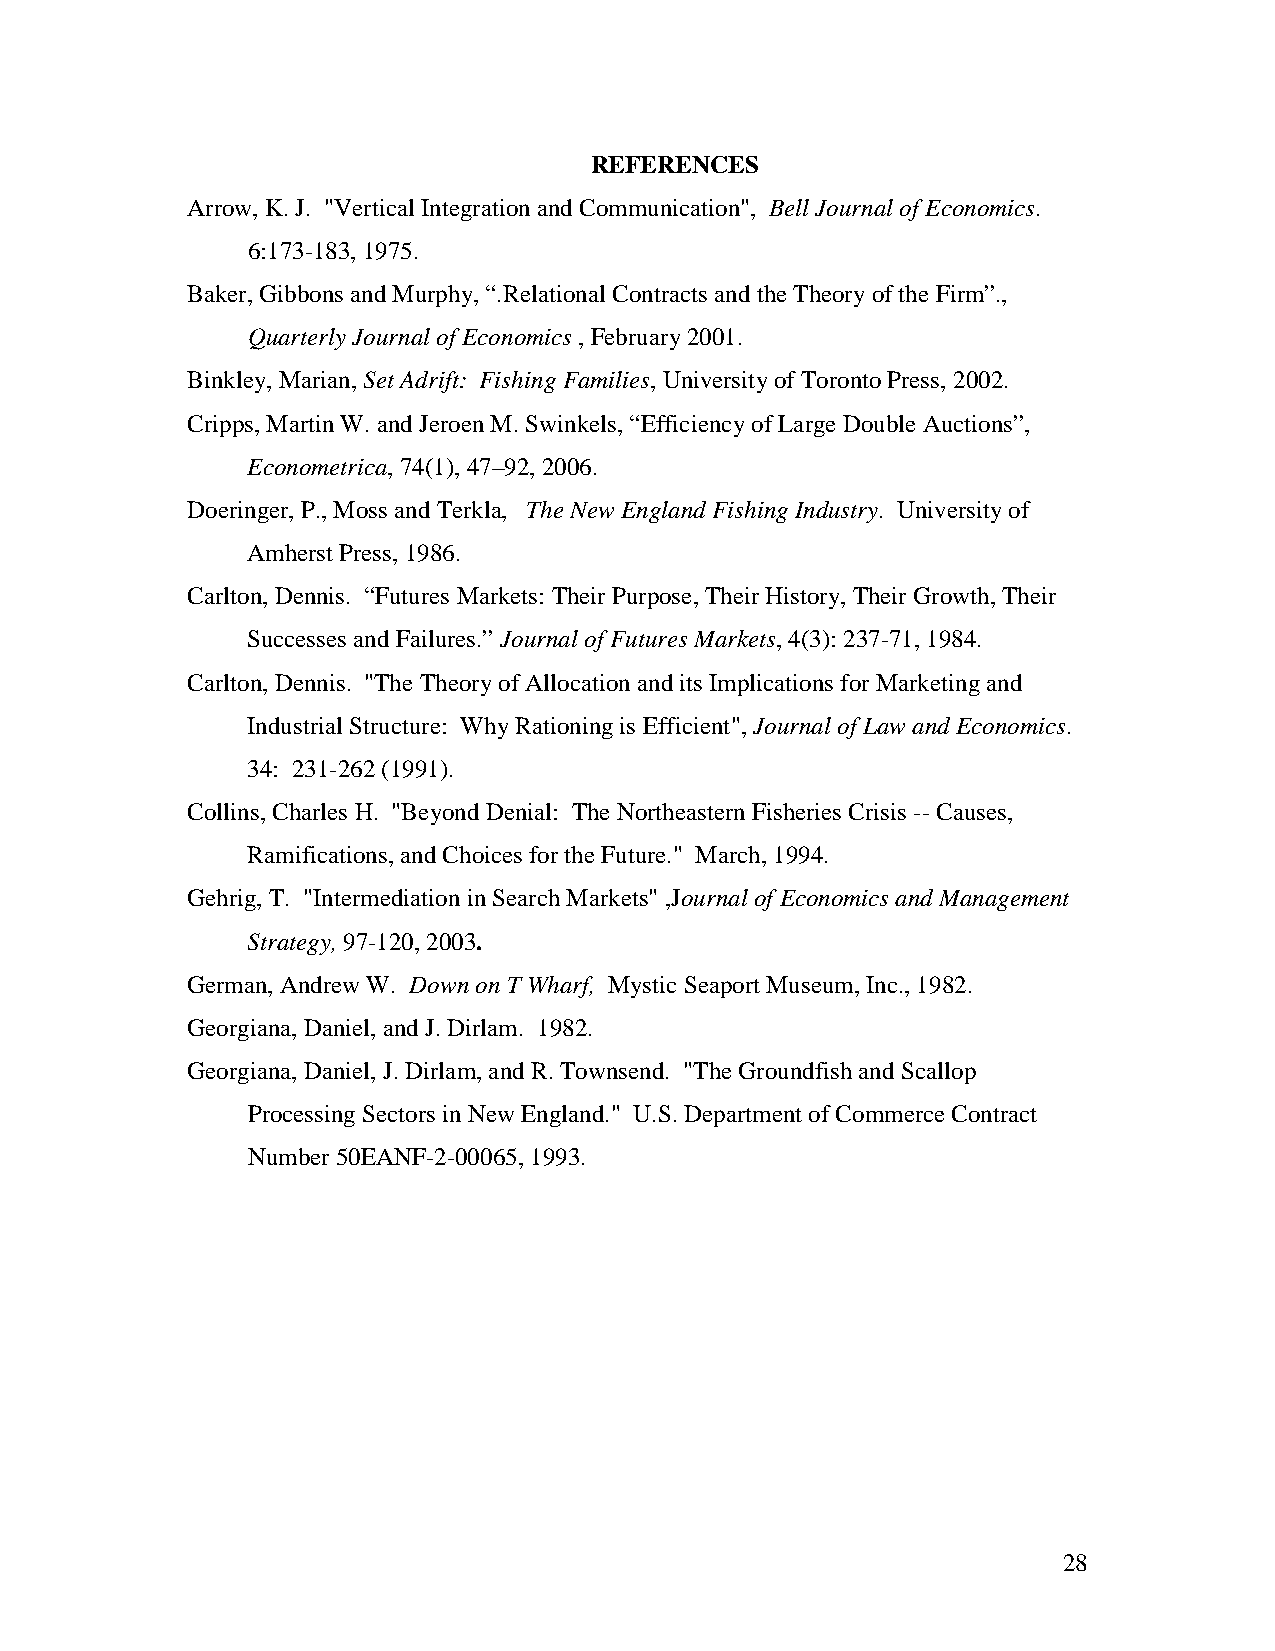
REFERENCES
 Arrow, K. J. "Vertical Integration and Communication", Bell Journal of Economics.
 6:173-183, 1975.
 Baker, Gibbons and Murphy, “.Relational Contracts and the Theory of the Firm”.,
 Quarterly Journal of Economics , February 2001.
 Binkley, Marian, Set Adrift: Fishing Families, University of Toronto Press, 2002.
 Cripps, Martin W. and Jeroen M. Swinkels, “Efficiency of Large Double Auctions”,
 Econometrica, 74(1), 47–92, 2006.
 Doeringer, P., Moss and Terkla, The New England Fishing Industry. University of
 Amherst Press, 1986.
 Carlton, Dennis. “Futures Markets: Their Purpose, Their History, Their Growth, Their
 Successes and Failures.” Journal of Futures Markets, 4(3): 237-71, 1984.
 Carlton, Dennis. "The Theory of Allocation and its Implications for Marketing and
 Industrial Structure: Why Rationing is Efficient", Journal of Law and Economics.
 34: 231-262 (1991).
 Collins, Charles H. "Beyond Denial: The Northeastern Fisheries Crisis -- Causes,
 Ramifications, and Choices for the Future." March, 1994.
 Gehrig, T. "Intermediation in Search Markets" ,Journal of Economics and Management
 Strategy, 97-120, 2003.
 German, Andrew W. Down on T Wharf, Mystic Seaport Museum, Inc., 1982.
 Georgiana, Daniel, and J. Dirlam. 1982.
 Georgiana, Daniel, J. Dirlam, and R. Townsend. "The Groundfish and Scallop
 Processing Sectors in New England." U.S. Department of Commerce Contract
 Number 50EANF-2-00065, 1993.
 28